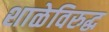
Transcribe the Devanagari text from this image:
शाळेविरुद्ध